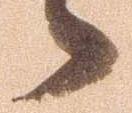
而